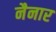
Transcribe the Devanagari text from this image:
नैनार